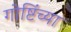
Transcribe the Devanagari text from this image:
गोष्टिंच्या